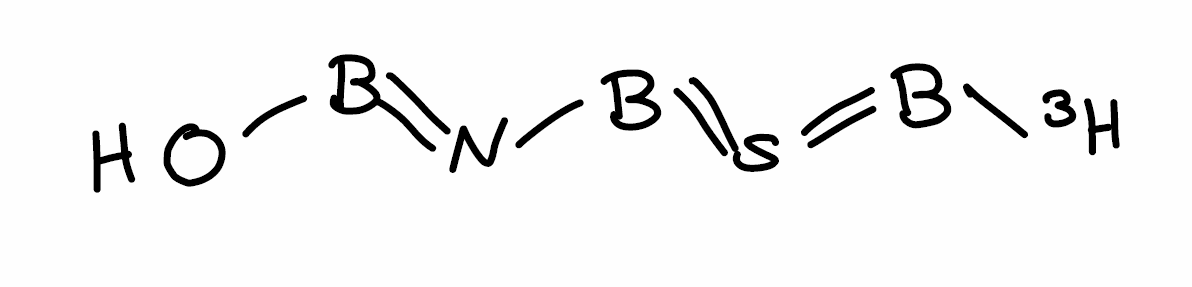
Simplified molecular-input line-entry system (SMILES) notation of the given molecule:
[3H]B=S=BN=BO